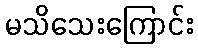
မသိသေးကြောင်း